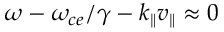
\omega - \omega _ { c e } / \gamma - k _ { \| } v _ { \| } \approx 0